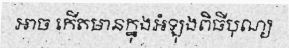
អាច កើតមានក្នុងអំឡុងពិធីបុណ្យ